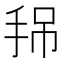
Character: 𢬚